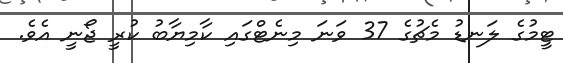
ޓީމުގެ ލަނޑު މެޗުގެ 37 ވަނަ މިނެޓްގައި ކާމިޔާބު ކުރީ ޖޯނީ އެވެ.